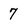
Character: 7